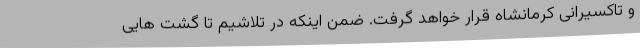
و تاکسیرانی کرمانشاه قرار خواهد گرفت. ضمن اینکه در تلاشیم تا گشت هایی